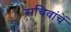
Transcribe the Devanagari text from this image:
सचिवांचें